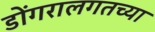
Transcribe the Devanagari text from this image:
डोंगरालगतच्या